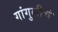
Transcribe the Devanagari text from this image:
गांगुलीचं